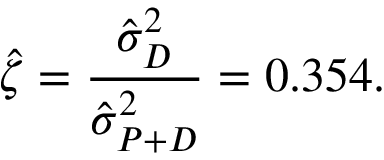
\hat { \zeta } = \frac { \hat { \sigma } _ { D } ^ { 2 } } { \hat { \sigma } _ { P + D } ^ { 2 } } = 0 . 3 5 4 .